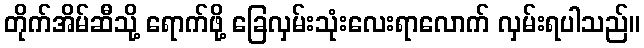
တိုက်အိမ်ဆီသို့ ရောက်ဖို့ ခြေလှမ်းသုံးလေးရာလောက် လှမ်းရပါသည်။